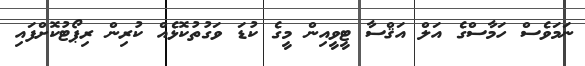
ނަމަވެސް ހަމާސްގެ އަލް އަޤްސާ ޓީވީއިން މީގެ ކުޑަ ވަގުތުކޮޅެއް ކުރިން ރިޕޯޓުކޮށްފައި